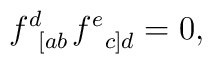
f_{\;\;\left[ ab\right. }^{d}f_{\;\;\left. c\right] d}^{e}=0,